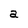
Character: a